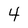
Character: 4